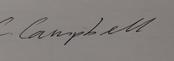
Signature authenticity: genuine